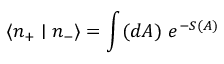
\langle n _ { + } \mid n _ { - } \rangle = \int ( d A ) ~ e ^ { - S ( A ) }